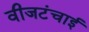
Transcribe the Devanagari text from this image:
वीजटंचाई